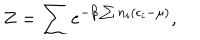
Z = \sum e ^ { - \beta \sum n _ { i } ( \epsilon _ { i } - \mu ) } ,